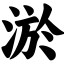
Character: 淤